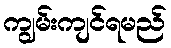
ကျွမ်းကျင်ရမည်